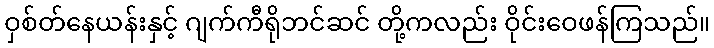
ဝှစ်တ်နေယန်းနှင့် ဂျက်ကီရိုဘင်ဆင် တို့ကလည်း ဝိုင်းဝေဖန်ကြသည်။